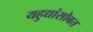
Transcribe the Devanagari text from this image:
यहुद्यांसोबत